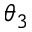
\theta _ { 3 }